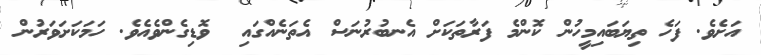
އަށެވެ. ފަހެ ތިޔަބައިމީހުން ކޮންމެ ފަރާތަކަށް އެނބުރުނަސް އެތަނެއްގައި  ވޮޑިގެންވެއެވެ. ހަމަކަށަވަރުން